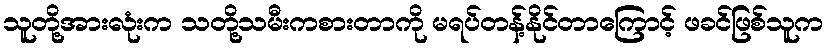
သူတို့အားလုံးက သတို့သမီးကစားတာကို မရပ်တန့်နိုင်တာကြောင့် ဖခင်ဖြစ်သူက